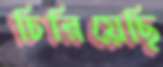
চিরিয়েছি